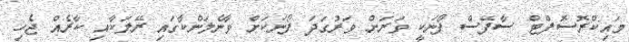
މައިކްރޮސޮފްޓް ސާފޭސް ފޯނަކީ ވަރަށް ވަރުގަދަ ފޯނަކަށް ވާނެލަންކާގައި ރޭލަކާއި ކާރެއް ޖެހި